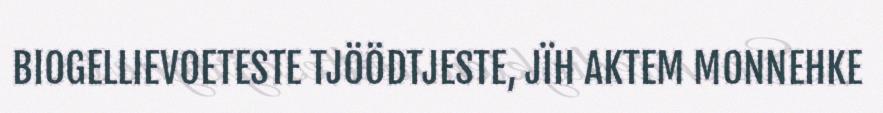
BIOGELLIEVOETESTE TJÖÖDTJESTE, JÏH AKTEM MONNEHKE